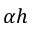
\alpha h